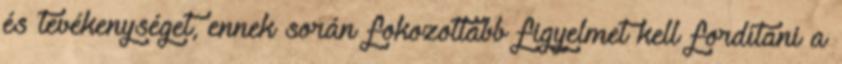
és tevékenységet, ennek során fokozottabb figyelmet kell fordítani a